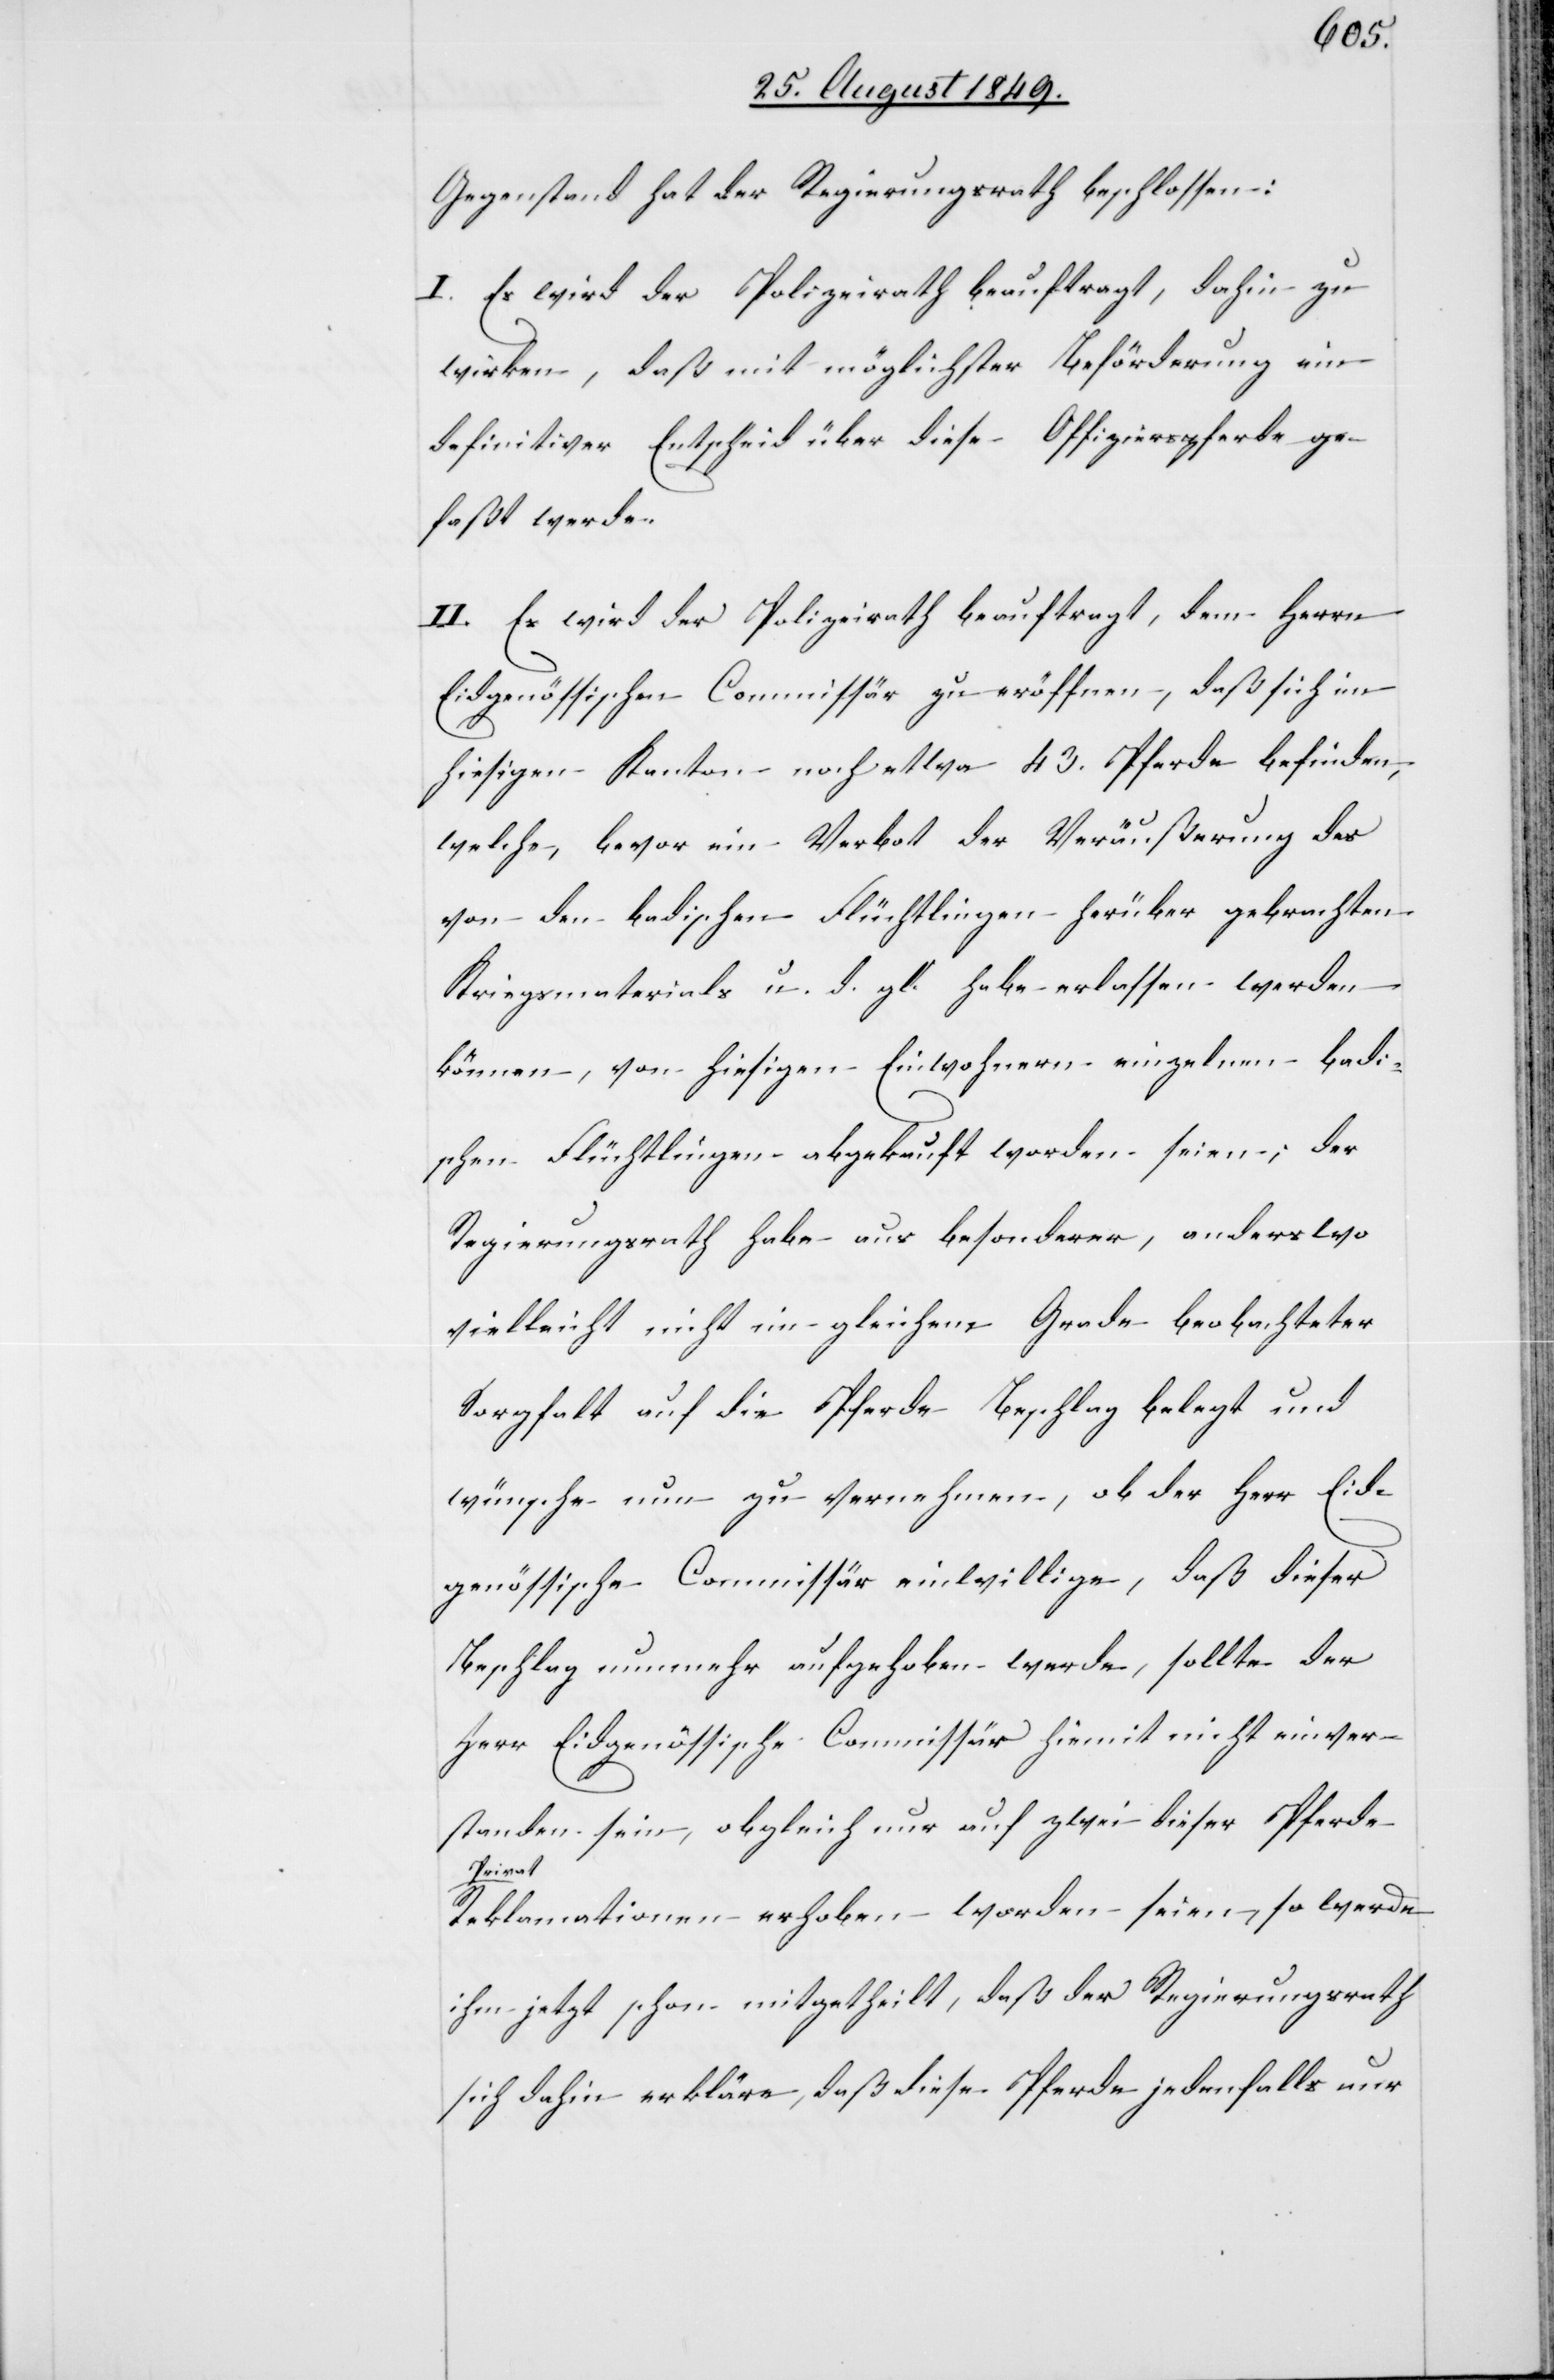
Gegenstand hat der Regierungsrath beschlossen:
I. Es wird der Polizeirath beauftragt, dahin zu
wirken, daß mit möglichster Beförderung ein
definitiver Entscheid über diese Offizierspferde ge¬
faßt werde.
II. Es wird der Polizeirath beauftragt, dem Herrn
Eidgenössischen Commissär zu eröffnen, daß sich im
hiesigen Kanton noch etwa 43. Pferde befinden,
welche, bevor ein Verbot der Veräußerung des
von den badischen Flüchtlingen herüber gebrachten
Kriegsmaterials u. d. gl. habe erlassen werden
können, von hiesigen Einwohnern einzelnen badi¬
schen Flüchtlingen abgekauft worden seien; der
Regierungsrath habe aus besonderer, anderswo
vielleicht nicht im gleichen Grade beobachteter
Sorgfalt auf die Pferde Beschlag belegt und
wünsche nun zu vernehmen, ob der Herr Eid¬
genössische Commissär einwillige, daß dieser
Beschlag nunmehr aufgehoben werde, sollte der
Herr Eidgenössische Commissär hiemit nicht einver¬
standen sein, obgleich nur auf zwei dieser Pferde
Reklamationen erhoben worden seien, so werde
ihm jetzt schon mitgetheilt, daß der Regierungsrath
sich dahin erkläre, daß diese Pferde jedenfalls nur